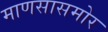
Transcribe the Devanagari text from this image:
माणसासमोर